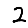
Digit: 2